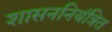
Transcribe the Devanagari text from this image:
शासननियंत्रित